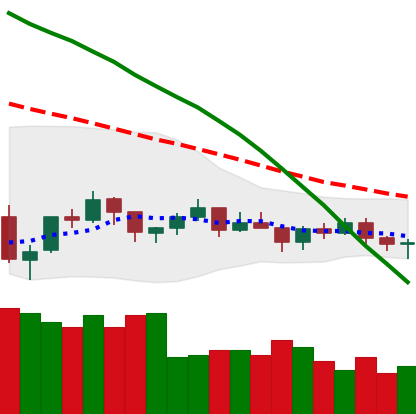
Ticker: BTC-USD
Chart end date: 2021-07-14
Forward return: -6.107%
Label: down_5_7